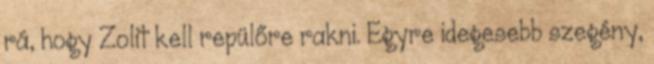
rá, hogy Zolit kell repülőre rakni. Egyre idegesebb szegény,